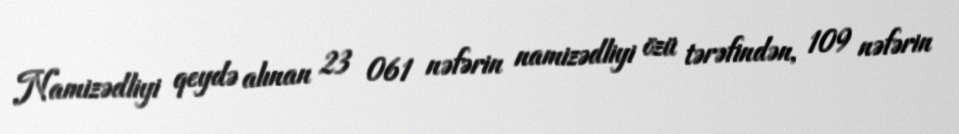
Namizədliyi qeydə alınan 23 061 nəfərin namizədliyi özü tərəfindən, 109 nəfərin